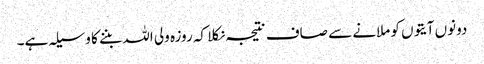
دونوں آیتوں کو ملانے سے صاف نتیجہ نکلا کہ روزہ ولی اللہ بننے کا وسیلہ ہے۔